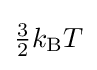
{\textstyle {\frac {3}{2}}k_{\rm {B}}T}